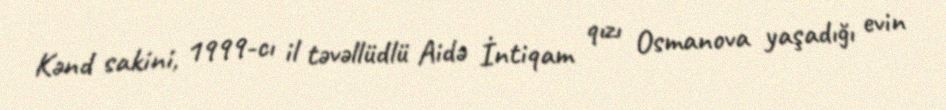
Kənd sakini, 1999-cı il təvəllüdlü Aidə İntiqam qızı Osmanova yaşadığı evin